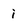
Character: i